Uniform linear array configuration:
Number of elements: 16
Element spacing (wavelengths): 1
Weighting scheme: kaiser
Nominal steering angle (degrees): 0
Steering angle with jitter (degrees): -0.2209
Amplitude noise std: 0.05
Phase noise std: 0.05

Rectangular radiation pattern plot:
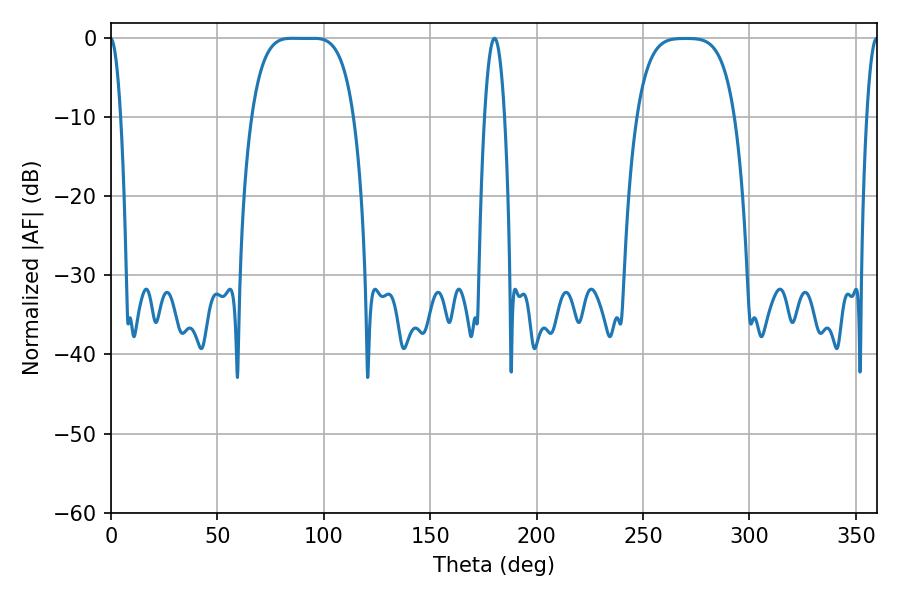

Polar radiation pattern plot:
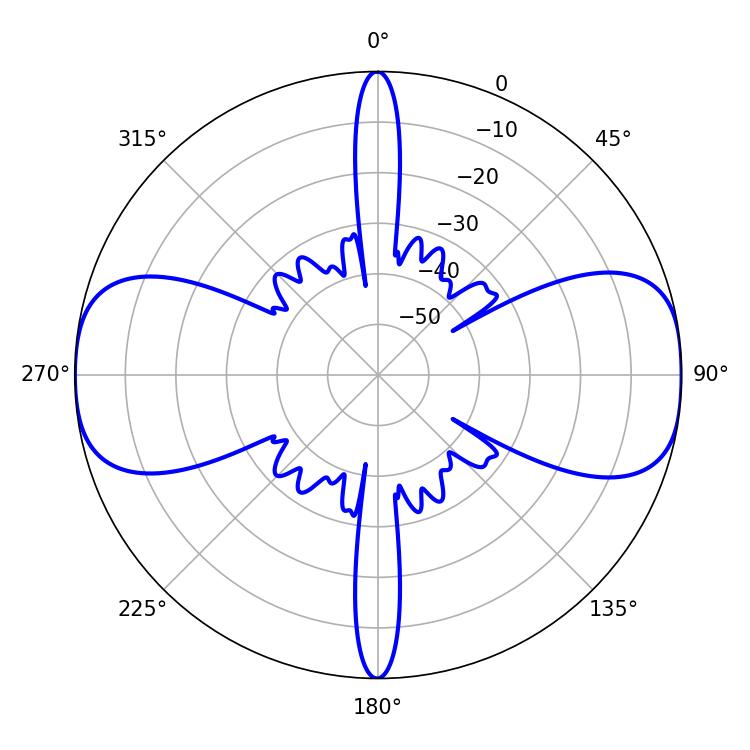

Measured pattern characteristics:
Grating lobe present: TRUE
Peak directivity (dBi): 15.929
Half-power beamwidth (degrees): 36.36
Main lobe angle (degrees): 85.14